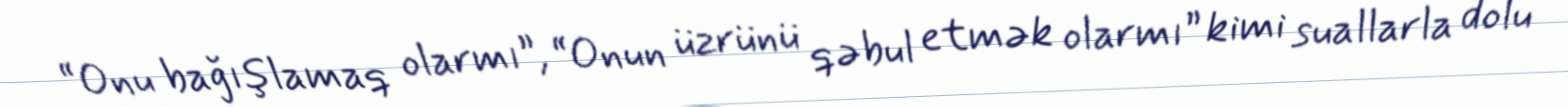
“Onu bağışlamaq olarmı”, “Onun üzrünü qəbul etmək olarmı” kimi suallarla dolu